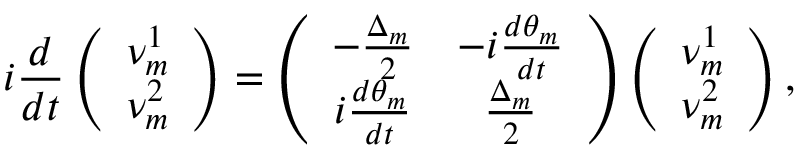
i { \frac { d } { d t } } \left( \begin{array} { c } { { \nu _ { m } ^ { 1 } } } \\ { { \nu _ { m } ^ { 2 } } } \end{array} \right) = \left( \begin{array} { c c } { { - { \frac { \Delta _ { m } } { 2 } } } } & { { - i { \frac { d \theta _ { m } } { d t } } } } \\ { { i { \frac { d \theta _ { m } } { d t } } } } & { { { \frac { \Delta _ { m } } { 2 } } } } \end{array} \right) \left( \begin{array} { c } { { \nu _ { m } ^ { 1 } } } \\ { { \nu _ { m } ^ { 2 } } } \end{array} \right) ,